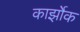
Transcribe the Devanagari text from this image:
कार्झोक